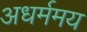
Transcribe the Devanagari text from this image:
अधर्ममय